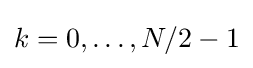
k=0,\ldots ,N/2-1